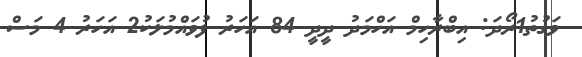
ވަގުތު1ރޯދަ: އިބްރާހިމް އަހްމަދު ދީދީ 84 އަހަރު ފުވައްމުލަކު2 އަހަރު 4 މަސް